Annual report on the working of the mental hospitals in the Madras Presidency - 1912-1932
Year: 1912
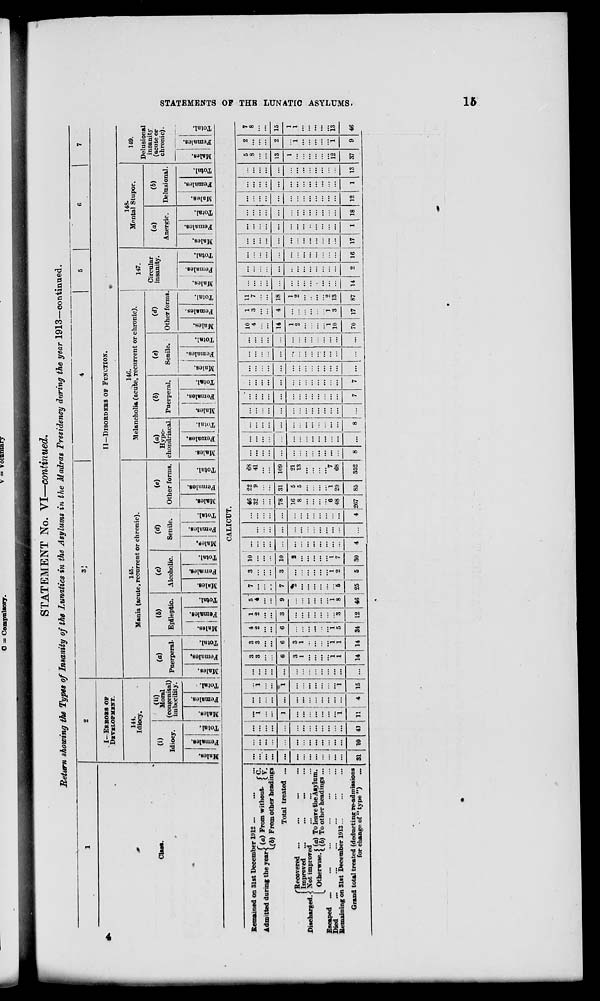
O = Compulsory.
voluntary
STATEMENT No. VI—continued.
Return showing the Types of Insanity of the Lunatics in the Asylums in the Madras Presidency during the year 1913—continued.
1
2
K
4
5
' ' 1 7
•
. I- ERRORS OF
DEVELOPMENT.
11—DISORDERS OP FUNCTION.
•
144.
145.
14G.
148.
*
Idiocy.
Mania (acute, recurrent or chronic).
Melancholia (acute, recurrent or chronic).
147.
Mental Stupor.
149.
Delusional
Clasa.
(i)
Moral
(a)
<6)
(c)
(d)
(e)
(a)
Hypo-
chondriacal.
(6)
(e)
(d)
Circular
insanity.
(a)
(6)
insanity
(acute or
'
Idiocy.
(congenital)
imbecility. Puerperal-
Epileptic.
Alcoholic.
Senile.
Other forms.
Puerperal.
Senile.
Other forms.
Anergic.
Delusional.
chronic).
•
1 m !
.
i -
m
w
to
.'
!
,
•
i
.
00
•
a
i a
o,
o
0)
i a>
03
03
c
a
03
Males.
Femal
Total.
"3
a
a 5
**
1
0/
=
z o
EH
Males.
Femal
1
m
03
X
*
x
1 1 i 3 i
EH
BD
a>
■a
£
5
'-
"o
En
to
o "3
a
PH
a
EH
Males.
Femal
—
c
EH
OS
_0J
3
S
Cj
5
o
o
.2
3
a
03
3
o
EH
Males
Femal
"3
1
03
3
"3
a "3
o
00
03
3
a
©
3 o
EH
00
a
03
3
"o
EH
CALICUT.
Remained on 31st December 1912 ...
Admitted during the year( < a) From without - { Y\
L.(6) From other headings
...
...
...
... "i
...
i ...
3
3
3
3
4
2
6
"i
5
1
2
3
"s
5"
4
9
"i
8
7
7
"6
25
3
.!.
T
:::
...
"i
2
5
10
...
...
■
...
"i
7
•30
|
4
...
... i 46
:::' s :
... |...
22
68
41
... ...
...
... ...
...
...
... 1 1
3
11
7
14
... ...
...
...
...
...
1 13
5
8
13
1
12
37
2
2
i
"i
9
7
8
Total treated ...
... -
...
1
"i
...
l
"i
6
3
1
"i
l
6
3
1
"i
1
... 78
7~i"i<r
...
8
... 1 ...
::: e
... 48
31
5
5
i
20
109 ... ... ! ... ... ... ... ... ...
14
4 18
1
2
"2
13
87
...
... ...
...
...
15
fEeoovered ...
j Improved
Discharged. <{ Not improved
i otherwise i (fl ) To leave the Aiylum.
1 Otherwise. £ (6) To other headillgs _
Escaped ...
Died
Remaining on 31st December 1913...
21
13
"*7
68
8
...
8
...
7
7
...
:::
1
2
"i
10
70
1
3
17
1
1
13
Grand total treated (deducting re-admissions
for change of " type ")
... SI 10 41
1
11
4 15
1
'
... 14 14 34 12 46
4 J2C7 85 352
2 16 17
1 18 12
46
CD
►
69
69
65
1-3
02
o
(-3
K
ffl
f
d
>
CO